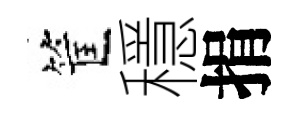
筐穩捐